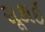
સૂકાઇ